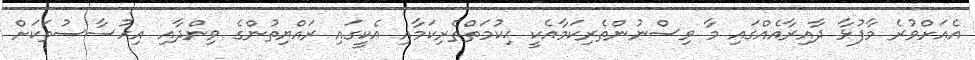
އެއަށްވުރެ މާފުޅާ ދާއިރާއެއްގައި މާ ވިސްނުންތެރިކަމާއެކީ ޙިކުމަތްތެރިކަމާއި އެކީގައި ރައްޔިތުންގެ ވިންދާއި އިހުސާސުތަކަށް